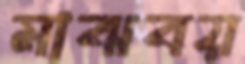
মাঝবয়